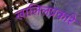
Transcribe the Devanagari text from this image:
खालिलप्रकारे